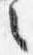
々